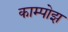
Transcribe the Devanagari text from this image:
काम्पोझ